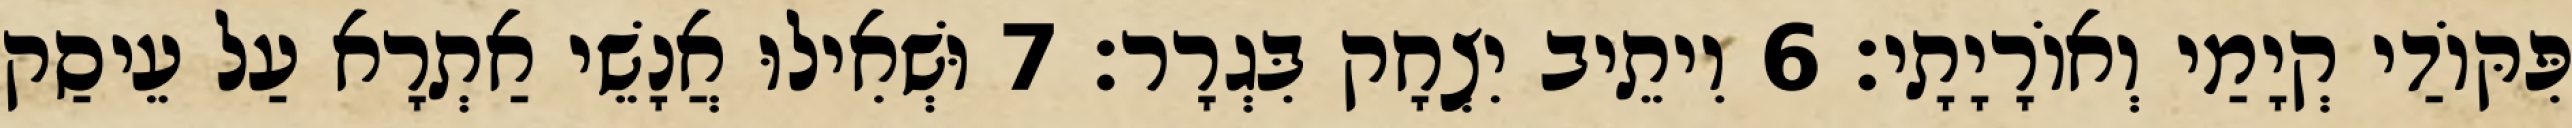
פִּקּוֹדַי קְיָמַי וְאוֹרָיָתָי׃ 6 וִיתֵיב יִצְחָק בִּגְרָר׃ 7 וּשְׁאִילוּ אֲנָשֵׁי אַתְרָא עַל עֵיסַק